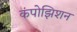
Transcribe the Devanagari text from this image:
कंपोझिशन